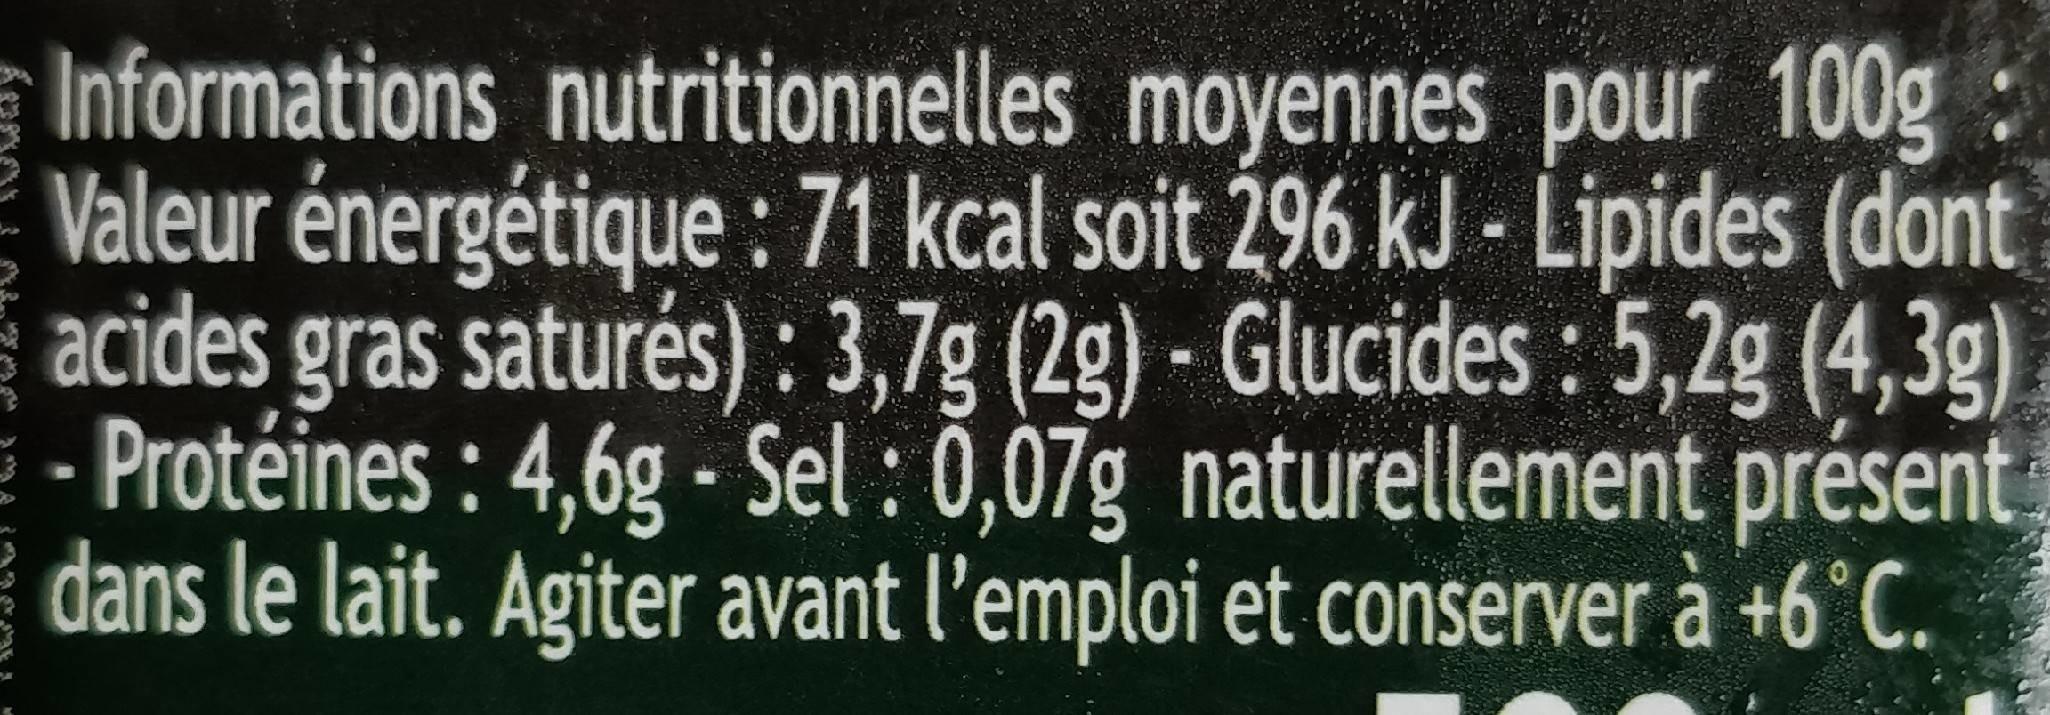
Informations nutritionnelles moyennes pour 100g Valeur énergétique : 71 kcal soit 296 kJ - Lipides (dont acides gras saturés): 3,7g (2g) - Glucides: 5,2g (4,3g) - Protéines: 4,6g - Sel: 0,07g naturellement présent dans le lait. Agiter avant l'emploi et conserver à +6°C.